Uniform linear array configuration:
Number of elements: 16
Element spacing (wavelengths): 0.5
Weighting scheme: kaiser
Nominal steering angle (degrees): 45
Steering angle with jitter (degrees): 44.582
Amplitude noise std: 0.05
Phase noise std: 0.05

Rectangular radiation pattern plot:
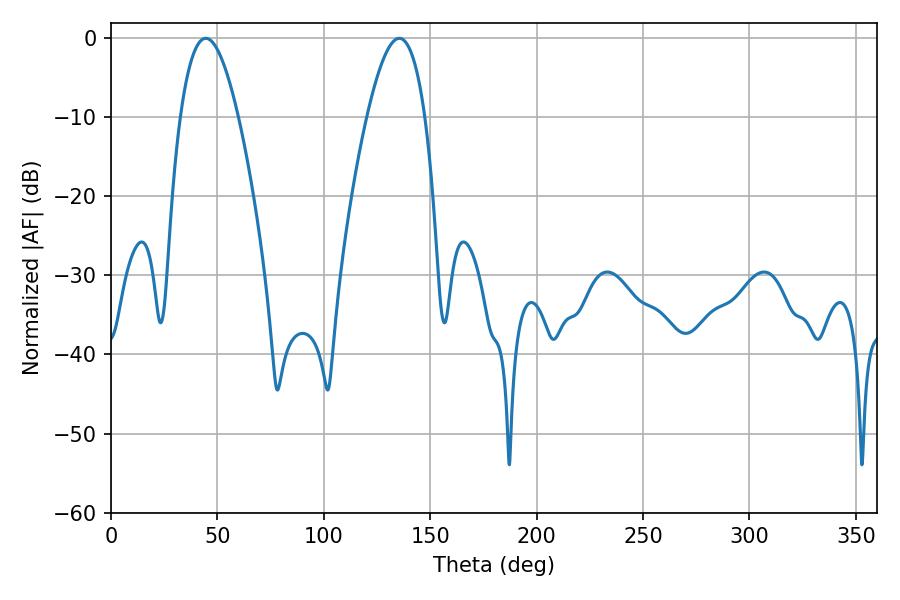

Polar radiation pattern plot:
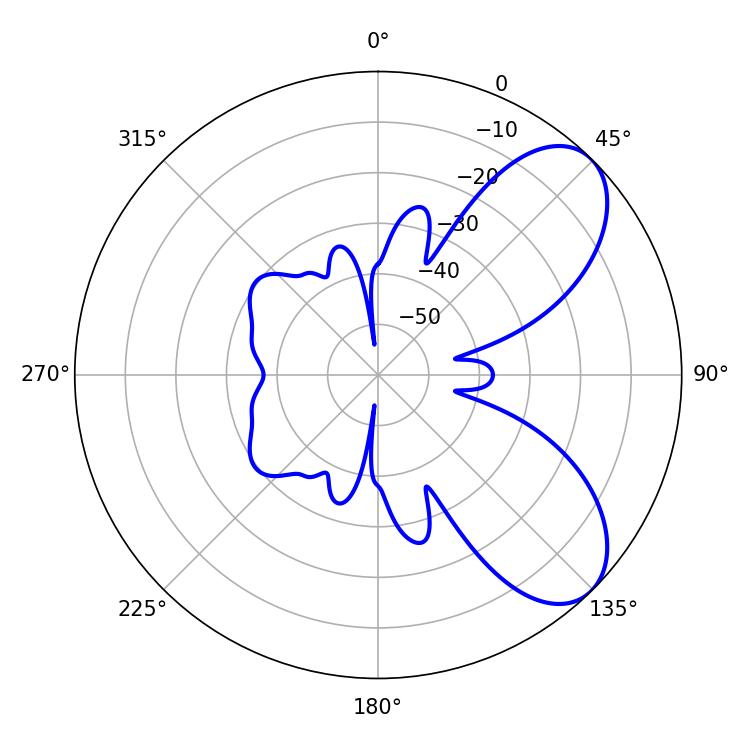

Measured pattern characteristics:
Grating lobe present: FALSE
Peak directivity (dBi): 7.031
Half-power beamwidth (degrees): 14.94
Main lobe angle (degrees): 44.46